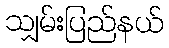
သျှမ်းပြည်နယ်